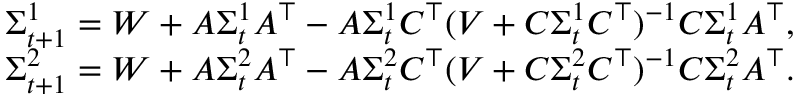
\begin{array} { r } { \Sigma _ { t + 1 } ^ { 1 } = W + A \Sigma _ { t } ^ { 1 } A ^ { \top } - A \Sigma _ { t } ^ { 1 } C ^ { \top } ( V + C \Sigma _ { t } ^ { 1 } C ^ { \top } ) ^ { - 1 } C \Sigma _ { t } ^ { 1 } A ^ { \top } , } \\ { \Sigma _ { t + 1 } ^ { 2 } = W + A \Sigma _ { t } ^ { 2 } A ^ { \top } - A \Sigma _ { t } ^ { 2 } C ^ { \top } ( V + C \Sigma _ { t } ^ { 2 } C ^ { \top } ) ^ { - 1 } C \Sigma _ { t } ^ { 2 } A ^ { \top } . } \end{array}